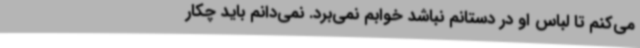
می‌کنم تا لباس او در دستانم نباشد خوابم نمی‌برد. نمی‌دانم باید چکار